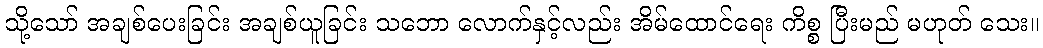
သို့သော် အချစ်ပေးခြင်း အချစ်ယူခြင်း သဘော လောက်နှင့်လည်း အိမ်ထောင်ရေး ကိစ္စ ပြီးမည် မဟုတ် သေး။